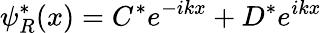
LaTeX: \psi_{R}^{*}(x)=C^{*}e^{-ikx}+D^{*}e^{ikx}